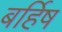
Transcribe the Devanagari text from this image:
बर्हिष